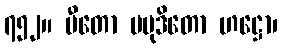
၇၅၂။ ပီတော ပမုဒိတော ဟဋ္ဌော၊